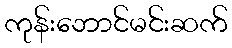
ကုန်းဘောင်မင်းဆက်